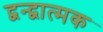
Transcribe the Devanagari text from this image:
द्वन्द्वात्मक